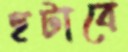
হটাবে